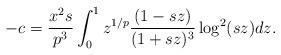
LaTeX: \begin{align*}-c=\frac{x^2s}{p^3}\int_0^1z^{1/p}\frac{(1-sz)}{(1+sz)^3}\log^2(sz)dz.\end{align*}